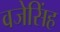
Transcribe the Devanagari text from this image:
वजेसिंह